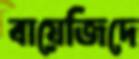
বায়েজিদে